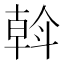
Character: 斡